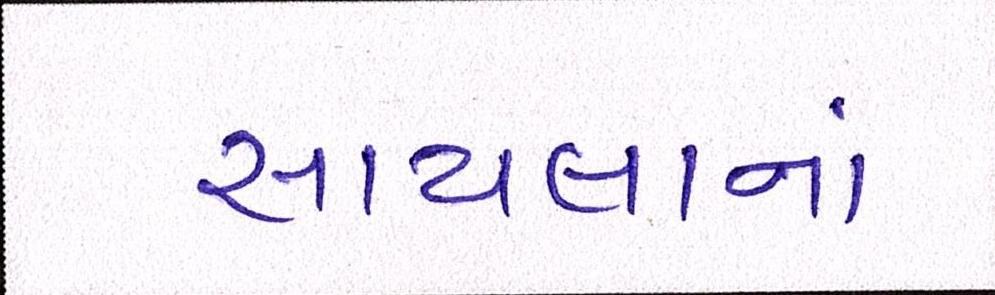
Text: સાયલાનાં